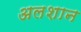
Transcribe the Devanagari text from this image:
अलशान